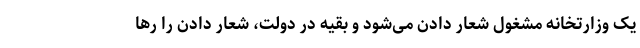
یک وزارتخانه مشغول شعار دادن می‌شود و بقیه در دولت، شعار دادن را رها